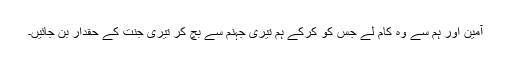
آمین اور ہم سے وہ کام لے جس کو کرکے ہم تیری جہنم سے بچ کر تیری جنت کے حقدار بن جائیں۔